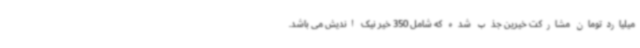
میلیاردتومان مشارکت خیرین جذب شده که شامل 350 خیر نیک اندیش می باشد.